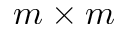
m \times m